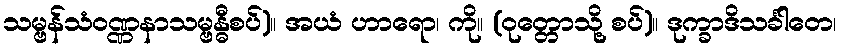
သမ္ဗန်သံဝဏ္ဏနာသမ္ဗန္ဓီစပ်)။ အယံ ဟာရော၊ ကို။ (ဝုတ္တောသို့ စပ်)။ ဒုက္ခာဒိသင်္ခါတေ၊